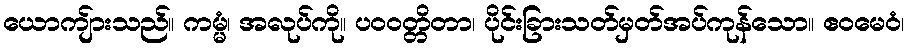
ယောကျ်ားသည်။ ကမ္မံ၊ အလုပ်ကို။ ပဝဝတ္တိတာ၊ ပိုင်းခြားသတ်မှတ်အပ်ကုန်သော။ ဧဝမေဝံ၊